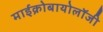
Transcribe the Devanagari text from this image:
माईक्रोबायोलॉजी